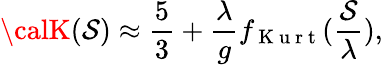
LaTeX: {\calK}(\mathcal{S})\approx\frac{{5}}{{3}}+\frac{{\lambda}}{{g}}f_{\mathrm{{~K~u~r~t~}}}(\frac{{\mathcal{S}}}{{\lambda}}),